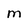
Character: M